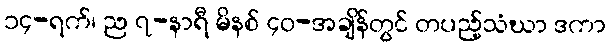
၁၄-ရက်၊ ည ၇-နာရီ မိနစ် ၄၀-အချိန်တွင် တပည့်သံဃာ ဒကာ